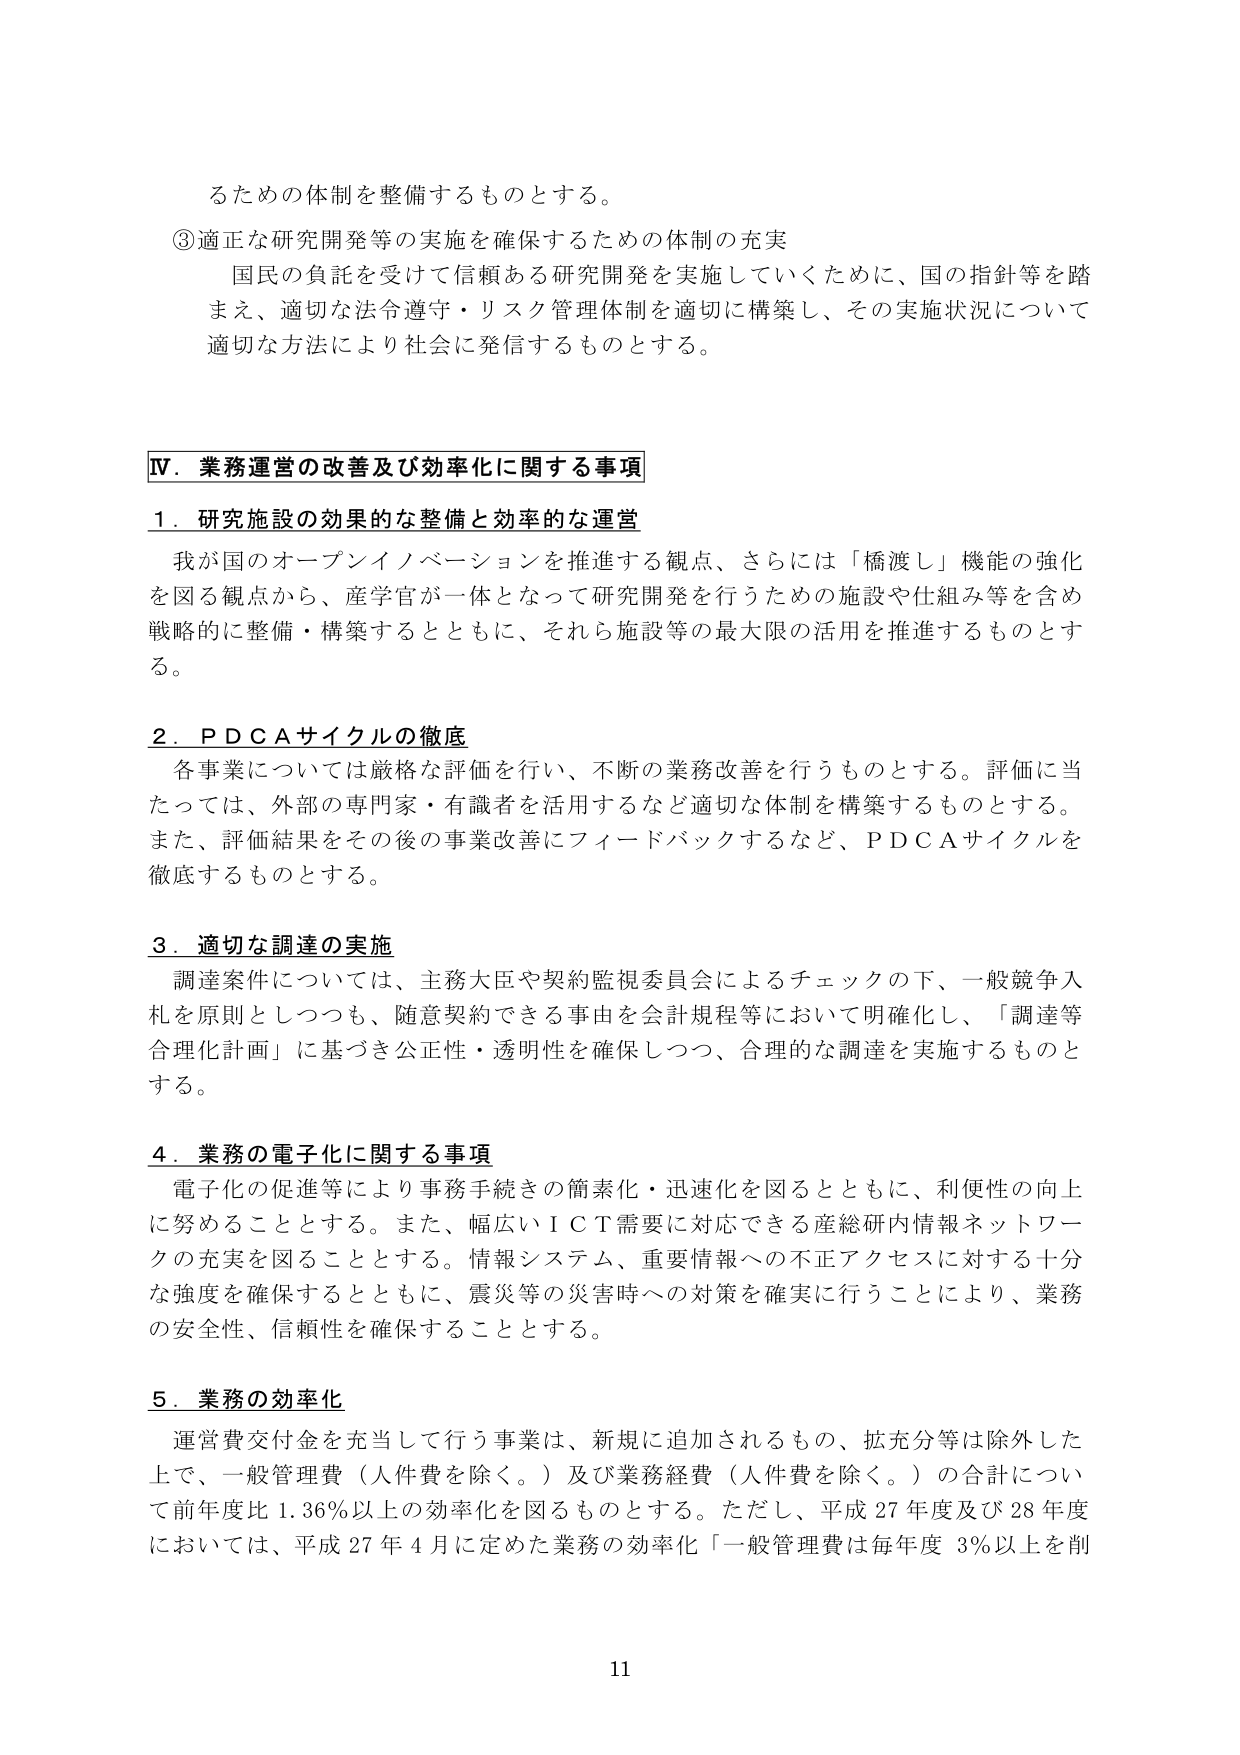
るための体制を整備するものとする。

③適正な研究開発等の実施を確保するための体制の充実
国民の負託を受けて信頼ある研究開発を実施していくために、国の指針等を踏
まえ、適切な法令遵守・リスク管理体制を適切に構築し、その実施状況について
適切な方法により社会に発信するものとする。

Ⅳ．業務運営の改善及び効率化に関する事項

１．研究施設の効果的な整備と効率的な運営
我が国のオープンイノベーションを推進する観点、さらには「橋渡し」機能の強化
を図る観点から、産学官が一体となって研究開発を行うための施設や仕組み等を含め
戦略的に整備・構築するとともに、それら施設等の最大限の活用を推進するものとす
る。

２．ＰＤＣＡサイクルの徹底
各事業については厳格な評価を行い、不断の業務改善を行うものとする。評価に当
たっては、外部の専門家・有識者を活用するなど適切な体制を構築するものとする。
また、評価結果をその後の事業改善にフィードバックするなど、ＰＤＣＡサイクルを
徹底するものとする。

３．適切な調達の実施
調達案件については、主務大臣や契約監視委員会によるチェックの下、一般競争入
札を原則としつつも、随意契約できる事由を会計規程等において明確化し、「調達等
合理化計画」に基づき公正性・透明性を確保しつつ、合理的な調達を実施するものと
する。

４．業務の電子化に関する事項
電子化の促進等により事務手続きの簡素化・迅速化を図るとともに、利便性の向上
に努めることとする。また、幅広いＩＣＴ需要に対応できる産総研内情報ネットワー
クの充実を図ることとする。情報システム、重要情報への不正アクセスに対する十分
な強度を確保するとともに、震災等の災害時への対策を確実に行うことにより、業務
の安全性、信頼性を確保することとする。

５．業務の効率化
運営費交付金を充当して行う事業は、新規に追加されるもの、拡充分等は除外した
上で、一般管理費（人件費を除く。）及び業務経費（人件費を除く。）の合計につい
て前年度比1.36％以上の効率化を図るものとする。ただし、平成27年度及び28年度
においては、平成27年4月に定めた業務の効率化「一般管理費は毎年度3％以上を削

11